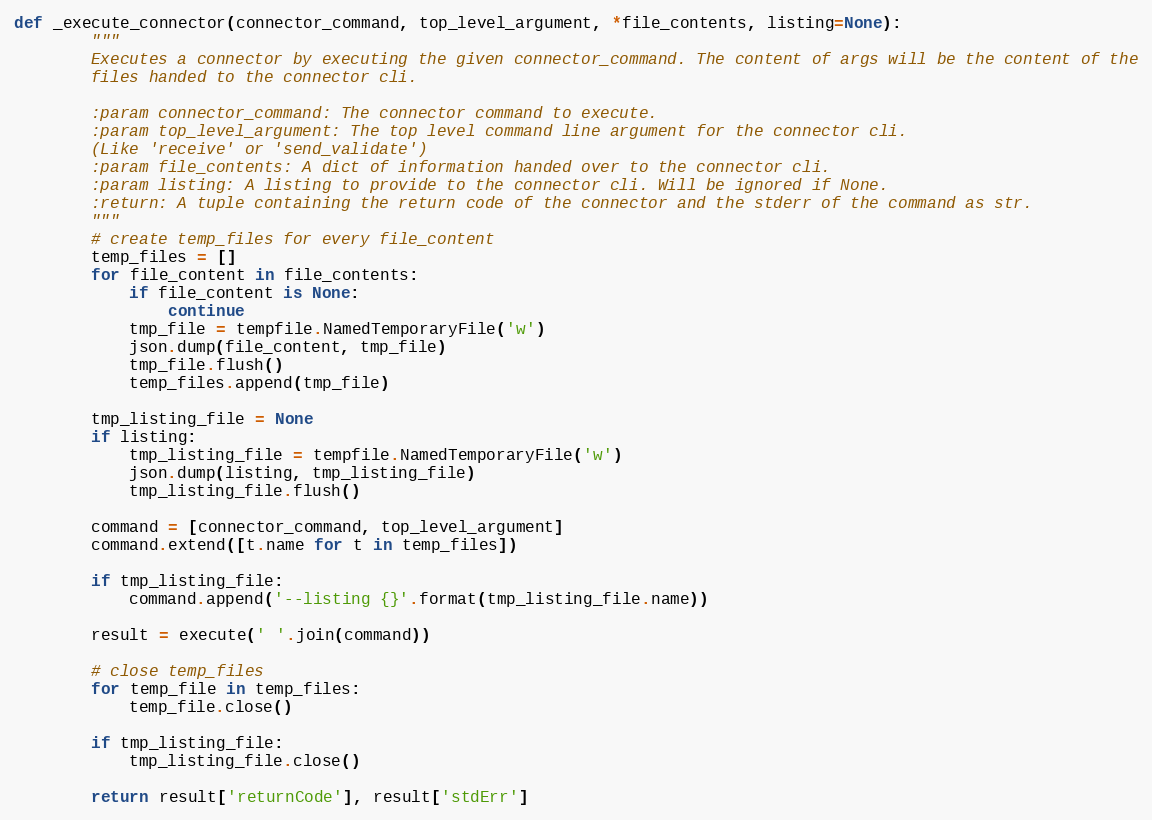
Language: Python
def _execute_connector(connector_command, top_level_argument, *file_contents, listing=None):
        """
        Executes a connector by executing the given connector_command. The content of args will be the content of the
        files handed to the connector cli.

        :param connector_command: The connector command to execute.
        :param top_level_argument: The top level command line argument for the connector cli.
        (Like 'receive' or 'send_validate')
        :param file_contents: A dict of information handed over to the connector cli.
        :param listing: A listing to provide to the connector cli. Will be ignored if None.
        :return: A tuple containing the return code of the connector and the stderr of the command as str.
        """
        # create temp_files for every file_content
        temp_files = []
        for file_content in file_contents:
            if file_content is None:
                continue
            tmp_file = tempfile.NamedTemporaryFile('w')
            json.dump(file_content, tmp_file)
            tmp_file.flush()
            temp_files.append(tmp_file)

        tmp_listing_file = None
        if listing:
            tmp_listing_file = tempfile.NamedTemporaryFile('w')
            json.dump(listing, tmp_listing_file)
            tmp_listing_file.flush()

        command = [connector_command, top_level_argument]
        command.extend([t.name for t in temp_files])

        if tmp_listing_file:
            command.append('--listing {}'.format(tmp_listing_file.name))

        result = execute(' '.join(command))

        # close temp_files
        for temp_file in temp_files:
            temp_file.close()

        if tmp_listing_file:
            tmp_listing_file.close()

        return result['returnCode'], result['stdErr']